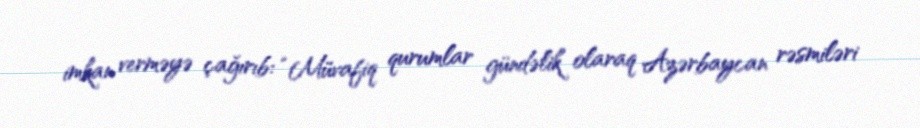
imkan verməyə çağırıb: “Müvafiq qurumlar gündəlik olaraq Azərbaycan rəsmiləri